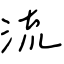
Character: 流